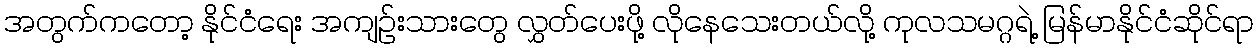
အတွက်ကတော့ နိုင်ငံရေး အကျဉ်းသားတွေ လွှတ်ပေးဖို့ လိုနေသေးတယ်လို့ ကုလသမဂ္ဂရဲ့ မြန်မာနိုင်ငံဆိုင်ရာ